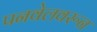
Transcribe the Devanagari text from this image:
पनवेलवरून